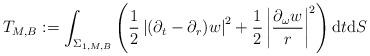
LaTeX: \begin{align*}T_{M,B} := \int_{\Sigma_{1,M,B}} \left(\frac12 \left|(\partial_t - \partial_r) w\right|^2 + \frac12 \left|\frac{\partial_\omega w}{r}\right|^2 \right) \mathrm{d}t\mathrm{d}S \end{align*}